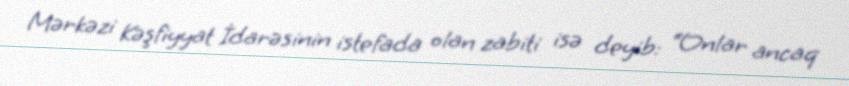
Mərkəzi Kəşfiyyat İdarəsinin istefada olan zabiti isə deyib: “Onlar ancaq